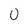
Character: 0